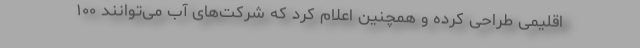
اقلیمی طراحی کرده و همچنین اعلام کرد که شرکت‌های آب می‌توانند ۱۰۰